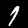
Digit: 1